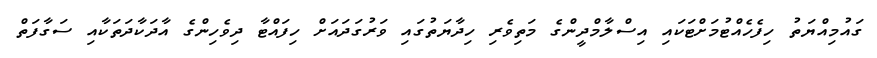
ގައުމިއްޔަތު ހިފެހެއްޓުމަށްޓަކައި އިސްލާމްދީންގެ މަތިވެރި ހިދާޔަތުގައި ވަރުގަދައަށް ހިފައްޓާ ދިވެހިންގެ އާދަކާދަތަކާއި ސަގާފަތް